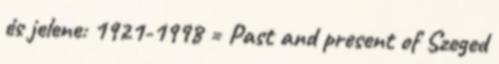
és jelene: 1921-1998 = Past and present of Szeged